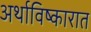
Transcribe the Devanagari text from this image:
अर्थाविष्कारात